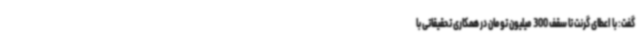
گفت: با اعطای گرنت تا سقف 300 میلیون تومان در همکاری تحقیقاتی با